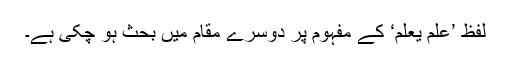
لفظ ’عَلِمَ یَعْلَمُ‘ کے مفہوم پر دوسرے مقام میں بحث ہو چکی ہے۔